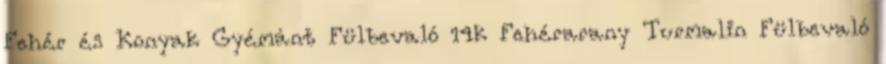
Fehér és Konyak Gyémánt Fülbevaló 14k Fehérarany Turmalin Fülbevaló